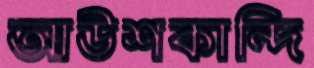
আউশকান্দি